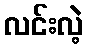
လင်းလဲ့